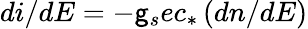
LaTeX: di/dE=-\mathsf{g}_{s}ec_{*}\left(dn/dE\right)